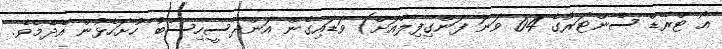
އޯ ޓްރޭޑް ސެންޓަރުގެ 04 ވަނަ ފަންގިފިލާއަށް) ވަޑައިގެން އަންދާސީހިސާބު ހުށަހެޅުން އެދެމެވެ.